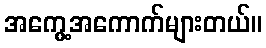
အကွေ့အကောက်များတယ်။